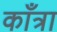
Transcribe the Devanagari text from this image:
काँत्रा